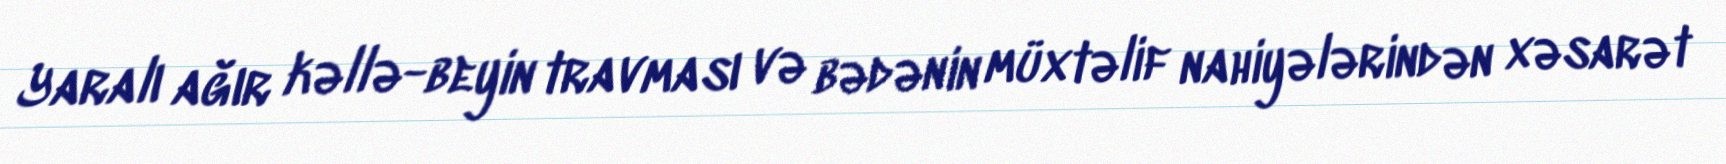
Yaralı ağır kəllə-beyin travması və bədənin müxtəlif nahiyələrindən xəsarət